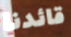
قائدنا